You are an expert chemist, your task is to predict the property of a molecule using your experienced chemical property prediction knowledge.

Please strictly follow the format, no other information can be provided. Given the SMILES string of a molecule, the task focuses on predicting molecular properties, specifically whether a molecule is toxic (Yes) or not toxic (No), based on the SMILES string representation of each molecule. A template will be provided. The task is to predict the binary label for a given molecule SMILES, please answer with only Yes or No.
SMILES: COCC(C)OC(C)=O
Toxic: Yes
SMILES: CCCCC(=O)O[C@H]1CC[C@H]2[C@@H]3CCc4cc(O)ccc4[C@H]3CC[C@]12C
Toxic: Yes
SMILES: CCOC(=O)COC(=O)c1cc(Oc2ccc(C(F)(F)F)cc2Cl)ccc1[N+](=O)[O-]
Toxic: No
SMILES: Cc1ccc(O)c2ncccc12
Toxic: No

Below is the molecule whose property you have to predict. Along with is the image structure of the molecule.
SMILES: NC[C@@H]1CC[C@@H](N)[C@@H](O[C@@H]2[C@@H](N)C[C@@H](N)[C@H](O[C@H]3O[C@H](CO)[C@@H](O)[C@H](N)[C@H]3O)[C@H]2O)O1
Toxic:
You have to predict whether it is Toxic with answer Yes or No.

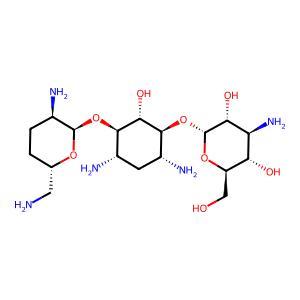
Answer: Yes